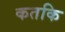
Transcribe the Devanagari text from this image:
कतकि